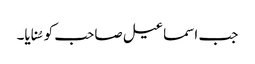
جب اسماعیل صاحب کو سُنایا۔